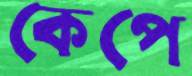
কেপে